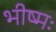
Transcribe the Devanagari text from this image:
भीष्मः